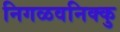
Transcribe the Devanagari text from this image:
निगळवनिक्कु